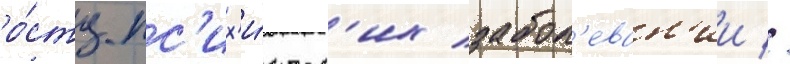
ро́сту пс'их'и́ческ'их забол'еван'ии //